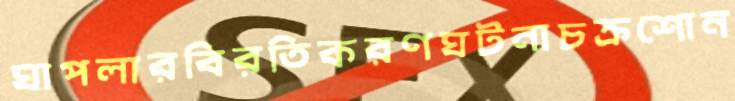
ঘাপলারবিরতিকরণঘটনাচক্রশোন